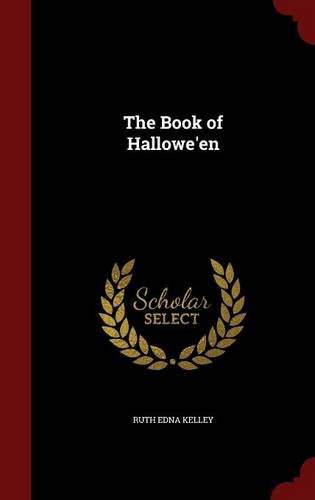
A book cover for The Book of Hallowe'en; Ruth Edna Kelley; Religion & Spirituality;